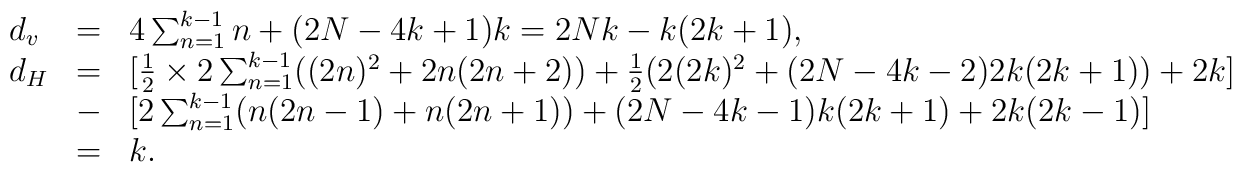
\begin{array}{lll}d_v & = & 4\sum_{n=1}^{k-1}n  + (2N-4k+1) k=2Nk-k(2k+1) , \\ d_H &= & [\frac{1}{2}\times 2 \sum_{n=1}^{k-1} ( (2n) ^2+2n(2n+2) )+\frac{1}{2}( 2(2k) ^2+ (2N-4k-2) 2k(2k+1) ) + 2k]  \\ & - & [2\sum_{n=1}^{k-1}(n(2n-1) +n(2n+1) )  + (2N-4k-1) k(2k+1)+2k(2k-1) ]\\ & = & k.\end{array}